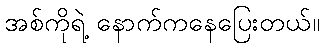
အစ်ကိုရဲ့ နောက်ကနေပြေးတယ်။